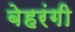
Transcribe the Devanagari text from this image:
बेहरंगी